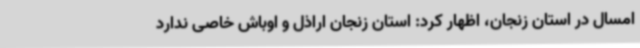
امسال در استان زنجان، اظهار کرد: استان زنجان اراذل و اوباش خاصی ندارد